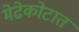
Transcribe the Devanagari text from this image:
मेढेकोटात